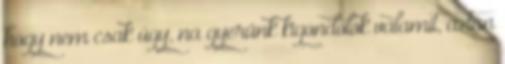
hogy nem csak úgy, na gyerünk kigondolok valamit, aztán